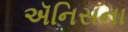
ઍનિસના